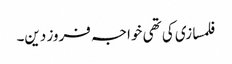
فلمسازی کی تھی خواجہ فروز دین۔